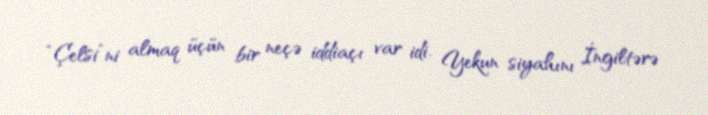
“Çelsi”ni almaq üçün bir neçə iddiaçı var idi. Yekun siyahını İngiltərə